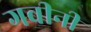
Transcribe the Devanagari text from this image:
गवीनी